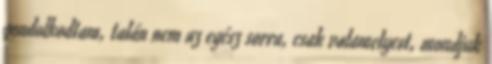
gondolkodtam, talán nem az egész sorra, csak valamelyest, mondjuk